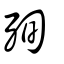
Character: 殉